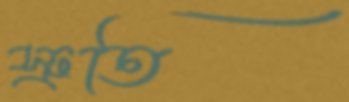
স্রুতি